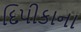
દિપીકાના